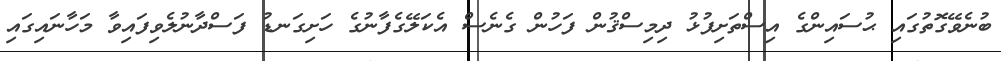
ބުނެވޭގޮތުގައި ޙުސައިންގެ އިސްތަށިފުޅު ދިމިސްޤުން ފަހުން ގެނެސް އެކަލޭގެފާނުގެ ހަށިގަނޑު ފަސްދާނުލެވިފައިވާ މަހާނައިގައި